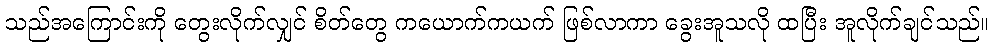
သည်အကြောင်းကို တွေးလိုက်လျှင် စိတ်တွေ ကယောက်ကယက် ဖြစ်လာကာ ခွေးအူသလို ထပြီး အူလိုက်ချင်သည်။